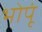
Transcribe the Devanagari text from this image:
भोपूं